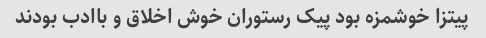
پیتزا خوشمزه بود پیک رستوران خوش اخلاق و باادب بودند